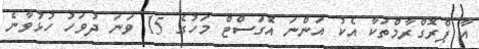
އާ ޕްރޮގްރާމްތަކާ އެކު އަންނަ އޮގަސްޓް މަހުގެ 15 ވަނަ ދުވަހު ހުޅުވާނެ